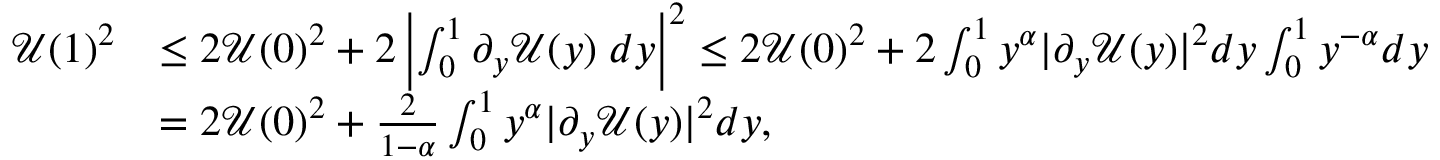
\begin{array} { r l } { \mathcal { U } ( 1 ) ^ { 2 } } & { \leq 2 \mathcal { U } ( 0 ) ^ { 2 } + 2 \left| \int _ { 0 } ^ { 1 } \partial _ { y } \mathcal { U } ( y ) \; d y \right| ^ { 2 } \leq 2 \mathcal { U } ( 0 ) ^ { 2 } + 2 \int _ { 0 } ^ { 1 } y ^ { \alpha } | \partial _ { y } \mathcal { U } ( y ) | ^ { 2 } d y \int _ { 0 } ^ { 1 } y ^ { - \alpha } d y } \\ & { = 2 \mathcal { U } ( 0 ) ^ { 2 } + \frac { 2 } { 1 - \alpha } \int _ { 0 } ^ { 1 } y ^ { \alpha } | \partial _ { y } \mathcal { U } ( y ) | ^ { 2 } d y , } \end{array}